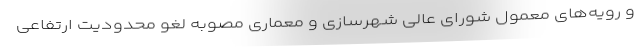
و رویه‌های معمول شورای عالی شهرسازی و معماری مصوبه لغو محدودیت ارتفاعی